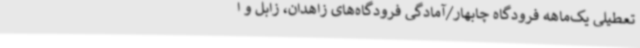
تعطیلی یک‌ماهه فرودگاه چابهار/آمادگی فرودگاه‌های زاهدان، زابل و ا